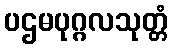
ပဌမပုဂ္ဂလသုတ္တံ